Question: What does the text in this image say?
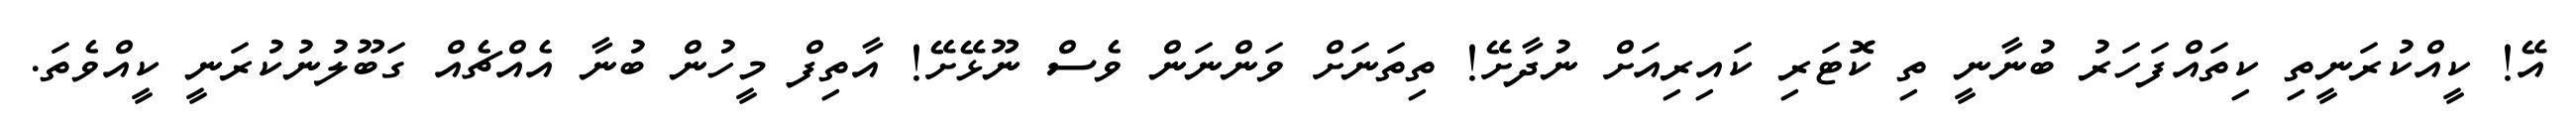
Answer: އޭ! ކީއްކުރަނީތި ކިތައްފަހަރު ބުނާނީ ތި ކޮޓަރި ކައިރިއަށް ނުދާށޭ! ތިތަނަށް ވަންނަން ވެސް ނޫޅޭށޭ! އާތިފް މީހުން ބުނާ އެއްޗެއް ގަބޫލުނުކުރަނީ ކީއްވެތަ.